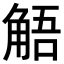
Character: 𮗰